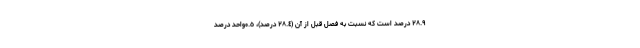
٢٨.٩ درصد است که نسبت به فصل قبل از آن (٢٨.٤ درصد)، ٠.٥واحد درصد